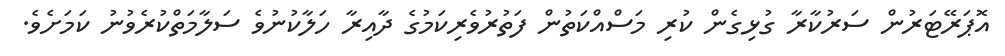
އޮޕަރޭޓަރުން ސަރުކާރާ ގުޅިގެން ކުރި މަަސްއްކަތުން ފަތުރުވެރިކަމުގެ ދާއިރާ ހަލާކުނުވެ ސަލާމަތްކުރެވުނު ކަމަށެވެ.